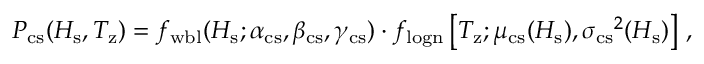
\begin{array} { r } { P _ { \mathrm { c s } } ( H _ { \mathrm { s } } , T _ { \mathrm { z } } ) = f _ { \mathrm { w b l } } ( H _ { \mathrm { s } } ; \alpha _ { \mathrm { c s } } , \beta _ { \mathrm { c s } } , \gamma _ { \mathrm { c s } } ) \cdot f _ { \mathrm { l o g n } } \left[ T _ { \mathrm { z } } ; \mu _ { \mathrm { c s } } ( H _ { \mathrm { s } } ) , { \sigma _ { \mathrm { c s } } } ^ { 2 } ( H _ { \mathrm { s } } ) \right] \, , } \end{array}